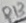
Text: R13